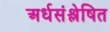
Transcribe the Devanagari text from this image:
अर्धसंश्लेषित